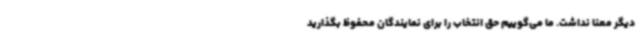
دیگر معنا نداشت. ما می‌گوییم حق انتخاب را برای نمایندگان محفوظ بگذارید